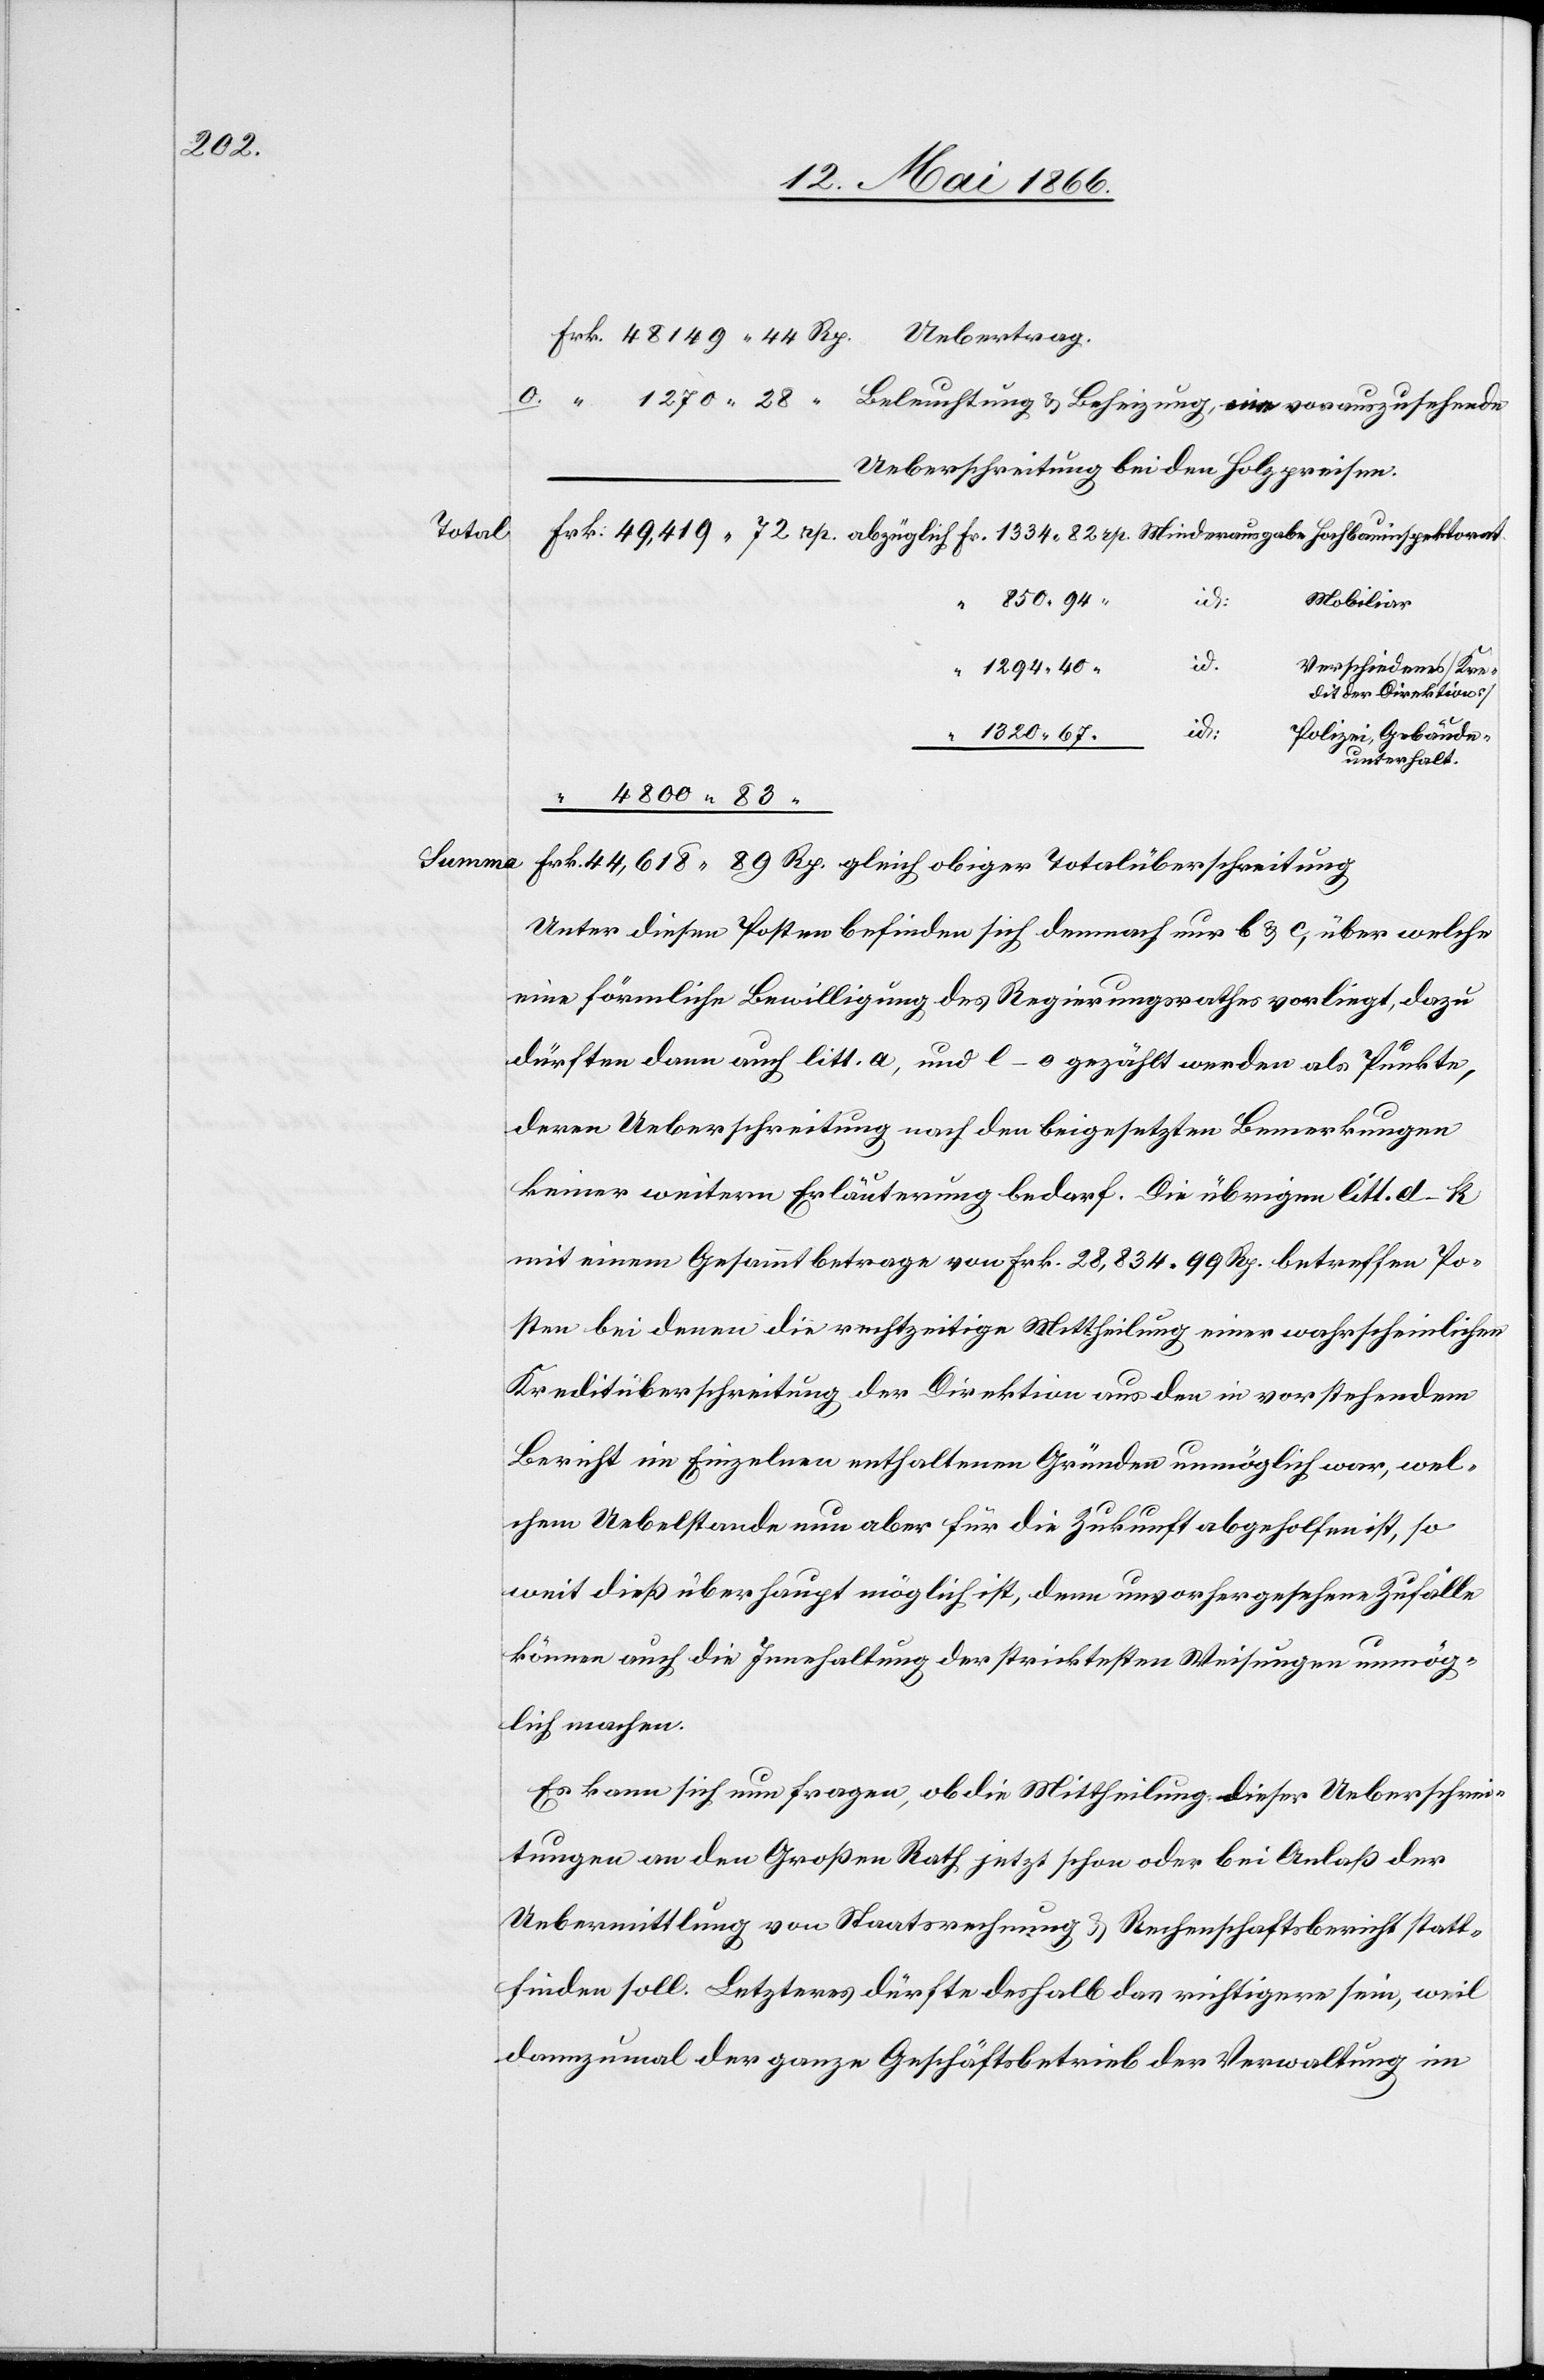
618.89.

Total

Ueberschreitung bei den Holzpreisen.
850.94.
id:
Mobiliar
“
id:
Verschiedenes/Kre¬
1294.40.
dit der Direktion
Polizei, Gebäude¬
1320.67.
“
unterhalt.
Unter diesen Posten befinden sich demnach nur b u. c, über welche
eine förmliche Bewilligung des Regierungsrathes vorliegt, dazu
dürften dann auch litt. a, und l–o gezählt werden als Punkte,
deren Ueberschreitung nach den beigesetzten Bemerkungen
keiner weitern Erläuterung bedarf. Die übrigen litt. d–k
mit einem Gesammtbetrage von Frk. 28 834.99 Rp. betreffen Po¬
sten bei denen die rechtzeitige Mittheilung einer wahrscheinlichen
Kreditüberschreitung der Direktion aus den in vorstehendem
Bericht im Einzelnen enthaltenen Gründen unmöglich war, wel¬
chem Uebelstande nun aber für die Zukunft abgeholfen ist, so
weit dieß überhaupt möglich ist, denn unvorhergesehene Zufälle
können auch die Innehaltung der stricktesten Weisungen unmög¬
lich machen.
Es kann sich nun fragen, ob die Mittheilung dieser Ueberschrei¬
tungen an den Großen Rath jetzt schon oder bei Anlaß der
Uebermittlung von Staatsrechnung u. Rechenschaftsbericht statt¬
finden soll. Letzteres dürfte deshalb das richtigere sein, weil
dannzumal der ganze Geschäftsbetrieb der Verwaltung im